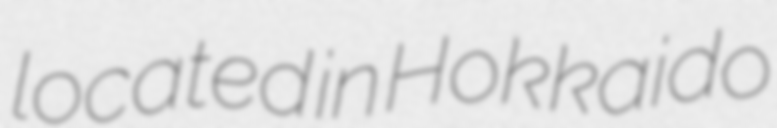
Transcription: located in Hokkaido